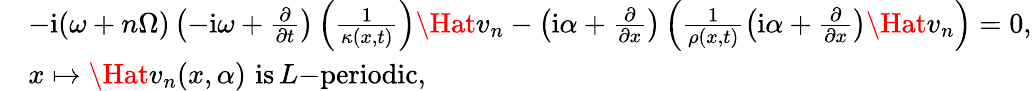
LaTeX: \begin{array}{rl}&{-\mathrm{i}{(\omega+n\Omega)}\left(-\mathrm{i}\omega+\frac{\partial}{\partial t}\right)\left(\frac{1}{\kappa(x,t)}\right)\Hat{v}_{n}-\left(\mathrm{i}\alpha+\frac{\partial}{\partial x}\right)\left(\frac{1}{\rho(x,t)}\left(\mathrm{i}\alpha+\frac{\partial}{\partial x}\right)\Hat{v}_{n}\right)=0,}\\ &{x\mapsto\Hat{v}_{n}(x,\alpha)\, \, \mathrm{is}\, L\mathrm{-periodic},}\end{array}